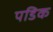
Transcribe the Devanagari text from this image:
पडिक